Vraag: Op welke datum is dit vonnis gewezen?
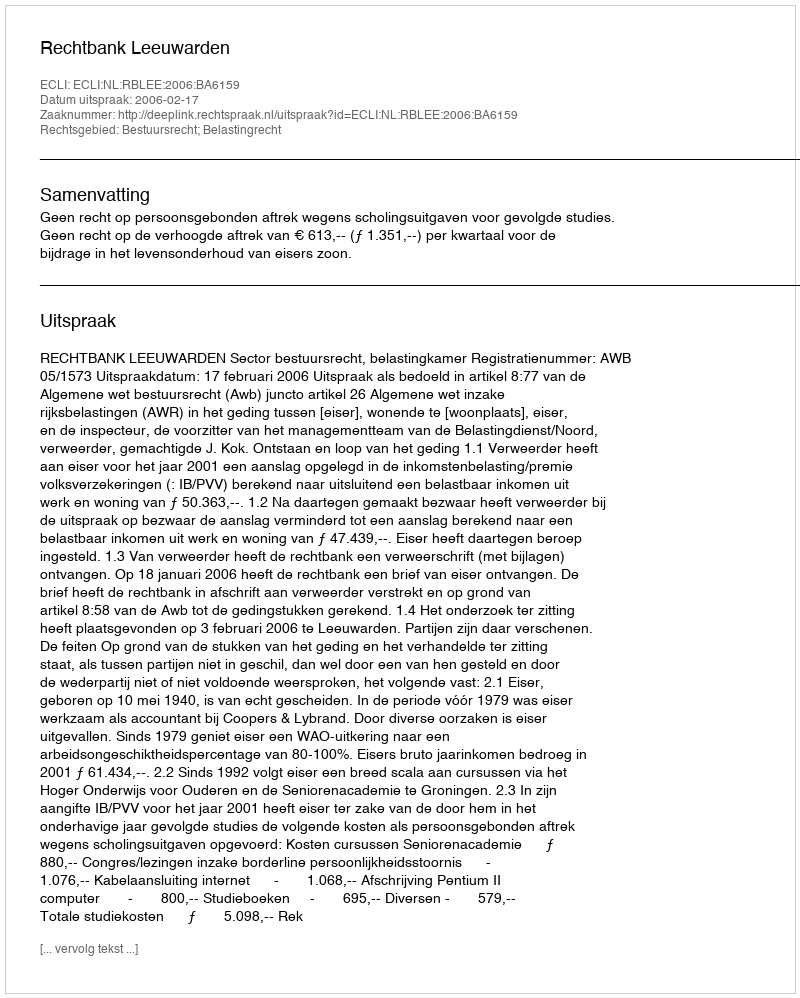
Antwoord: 2006-02-17